Report on vaccination in the Province of Bengal - 1869-1873
Year: 1869
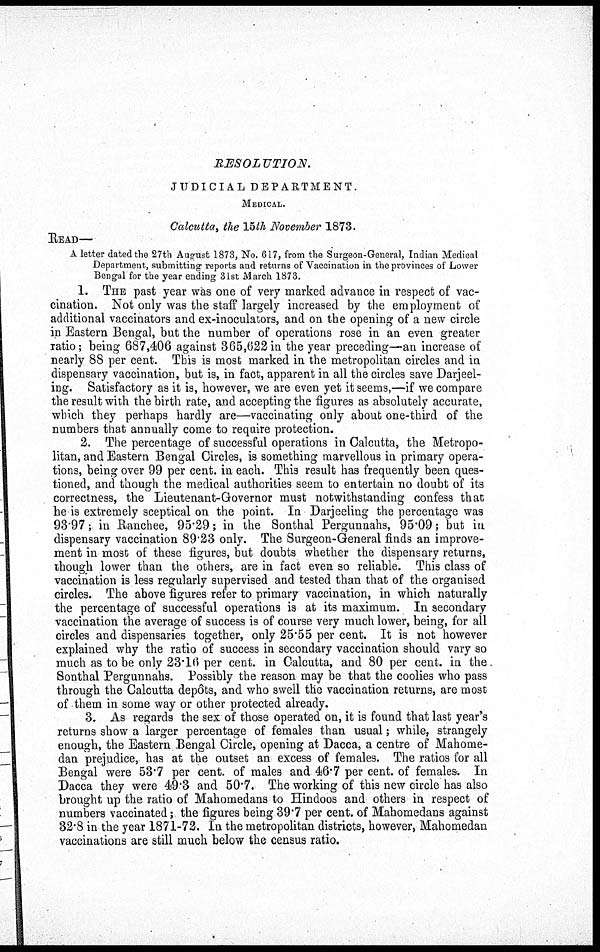
RESOLUTION.
JUDICIAL DEPARTMENT.
MEDICAL.
Calcutta, the 15th November 1873.
READ—
A letter dated the 27th August 1873, No. 617, from the Surgeon-General, Indian Medical
Department, submitting reports and returns of Vaccination in the provinces of Lower
Bengal for the year ending 31st March 1873.
1. THE past year was one of very marked advance in respect of vac-
cination. Not only was the staff largely increased by the employment of
additional vaccinators and ex-inoculators, and on the opening of a new circle
in Eastern Bengal, but the number of operations rose in an even greater
ratio; being 687,406 against 365,622in the year preceding—an increase of
nearly 88 per cent. This is most marked in the metropolitan circles and in
dispensary vaccination, but is, in fact, apparent in all the circles save Darjeel-
ing. Satisfactory as it is, however, we are even yet it seems,—if we compare
the result with the birth rate, and accepting the figures as absolutely accurate,
which they perhaps hardly are—vaccinating only about one-third of the
numbers that annually come to require protection.
2. The percentage of successful operations in Calcutta, the Metropo-
litan, and Eastern Bengal Circles, is something marvellous in primary opera-
tions, being over 99 per cent. in each. This result has frequently been ques-
tioned, and though the medical authorities seem to entertain no doubt of its
correctness, the Lieutenant-Governor must notwithstanding confess that
he is extremely sceptical on the point. In Darjeeling the percentage was
93.97; in Ranchee, 95.29; in the Sonthal Pergunnahs, 95.09; but in
dispensary vaccination 89.23 only. The Surgeon-General finds an improve-
ment in most of these figures, but doubts whether the dispensary returns,
though lower than the others, are in fact even so reliable. This class of
vaccination is less regularly supervised and tested than that of the organised
circles. The above figures refer to primary vaccination, in which naturally
the percentage of successful operations is at its maximum. In secondary
vaccination the average of success is of course very much lower, being, for all
circles and dispensaries together, only 25.55 per cent. It is not however
explained why the ratio of success in secondary vaccination should vary so
much as to be only 23.16 per cent. in Calcutta, and 80 per cent. in the.
Sonthal Pergunnahs. Possibly the reason may be that the coolies who pass
through the Calcutta depôts, and who swell the vaccination returns, are most
of them in some way or other protected already.
3. As regards the sex of those operated on, it is found that last year's
returns show a larger percentage of females than usual; while, strangely
enough, the Eastern Bengal Circle, opening at Dacca, a centre of Mahome-
dan prejudice, has at the outset an excess of females. The ratios for all
Bengal were 53.7 per cent. of males and 46.7 per cent. of females. In
Dacca they were 49.3 and 50.7. The working of this new circle has also
brought up the ratio of Mahomedans to Hindoos and others in respect of
numbers vaccinated; the figures being 39.7 per cent. of Mahomedans against
32.8 in the year 1871-72. In the metropolitan districts, however, Mahomedan
vaccinations are still much below the census ratio.